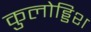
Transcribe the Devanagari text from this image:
कुलोड्डिश